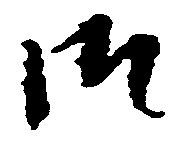
御